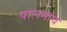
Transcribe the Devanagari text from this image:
पालनांचे